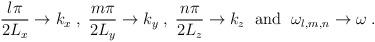
LaTeX: \begin{align*}\frac{l\pi}{2L_x}\to k_x \; , \; \frac{m\pi}{2L_y}\to k_y \; , \; \frac{n\pi}{2L_z}\to k_z \; \mbox{ and } \; \omega_{l,m,n}\to\omega \; .\end{align*}